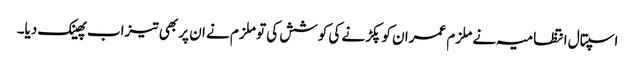
اسپتال انتظامیہ نے ملزم عمران کو پکڑنے کی کوشش کی تو ملزم نے ان پر بھی تیزاب پھینک دیا۔